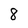
Character: 8